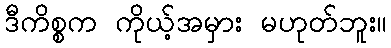
ဒီကိစ္စက ကိုယ့်အမှား မဟုတ်ဘူး။